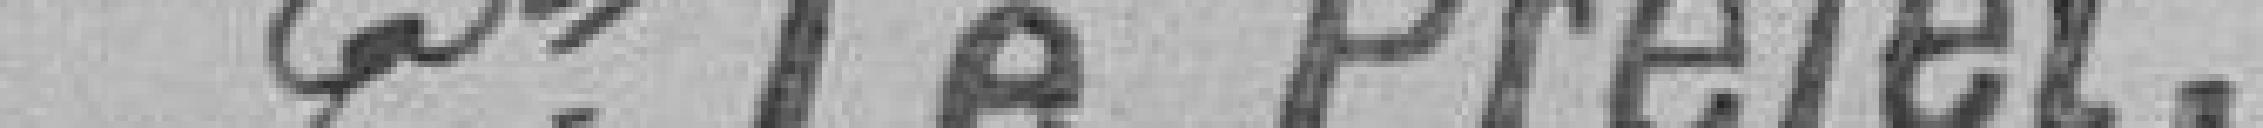
P. Le Préfet